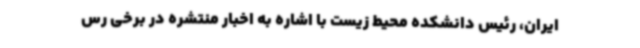
ایران، رئیس دانشکده محیط زیست با اشاره به اخبار منتشره در برخی رس